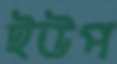
ইউপ